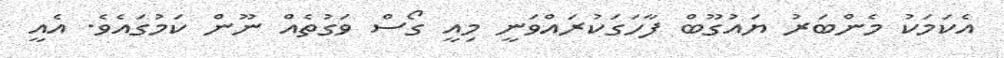
އެކަމަކު މެންބަރު ޔައުގޫބް ފާހަގަކުރައްވަނީ މިއީ ގޯސް ވަގުތެއް ނޫން ކަމުގައެވެ. އެއީ